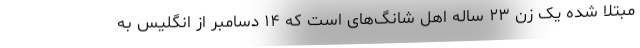
مبتلا شده یک زن ۲۳ ساله اهل شانگ‌های است که ۱۴ دسامبر از انگلیس به